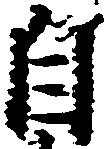
自